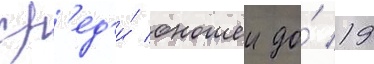
ср'ед'и́ юношеи до́ 19